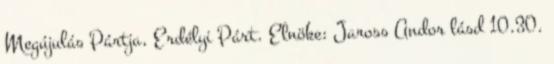
Megújulás Pártja, Erdélyi Párt. Elnöke: Jaross Andor lásd 10.30.